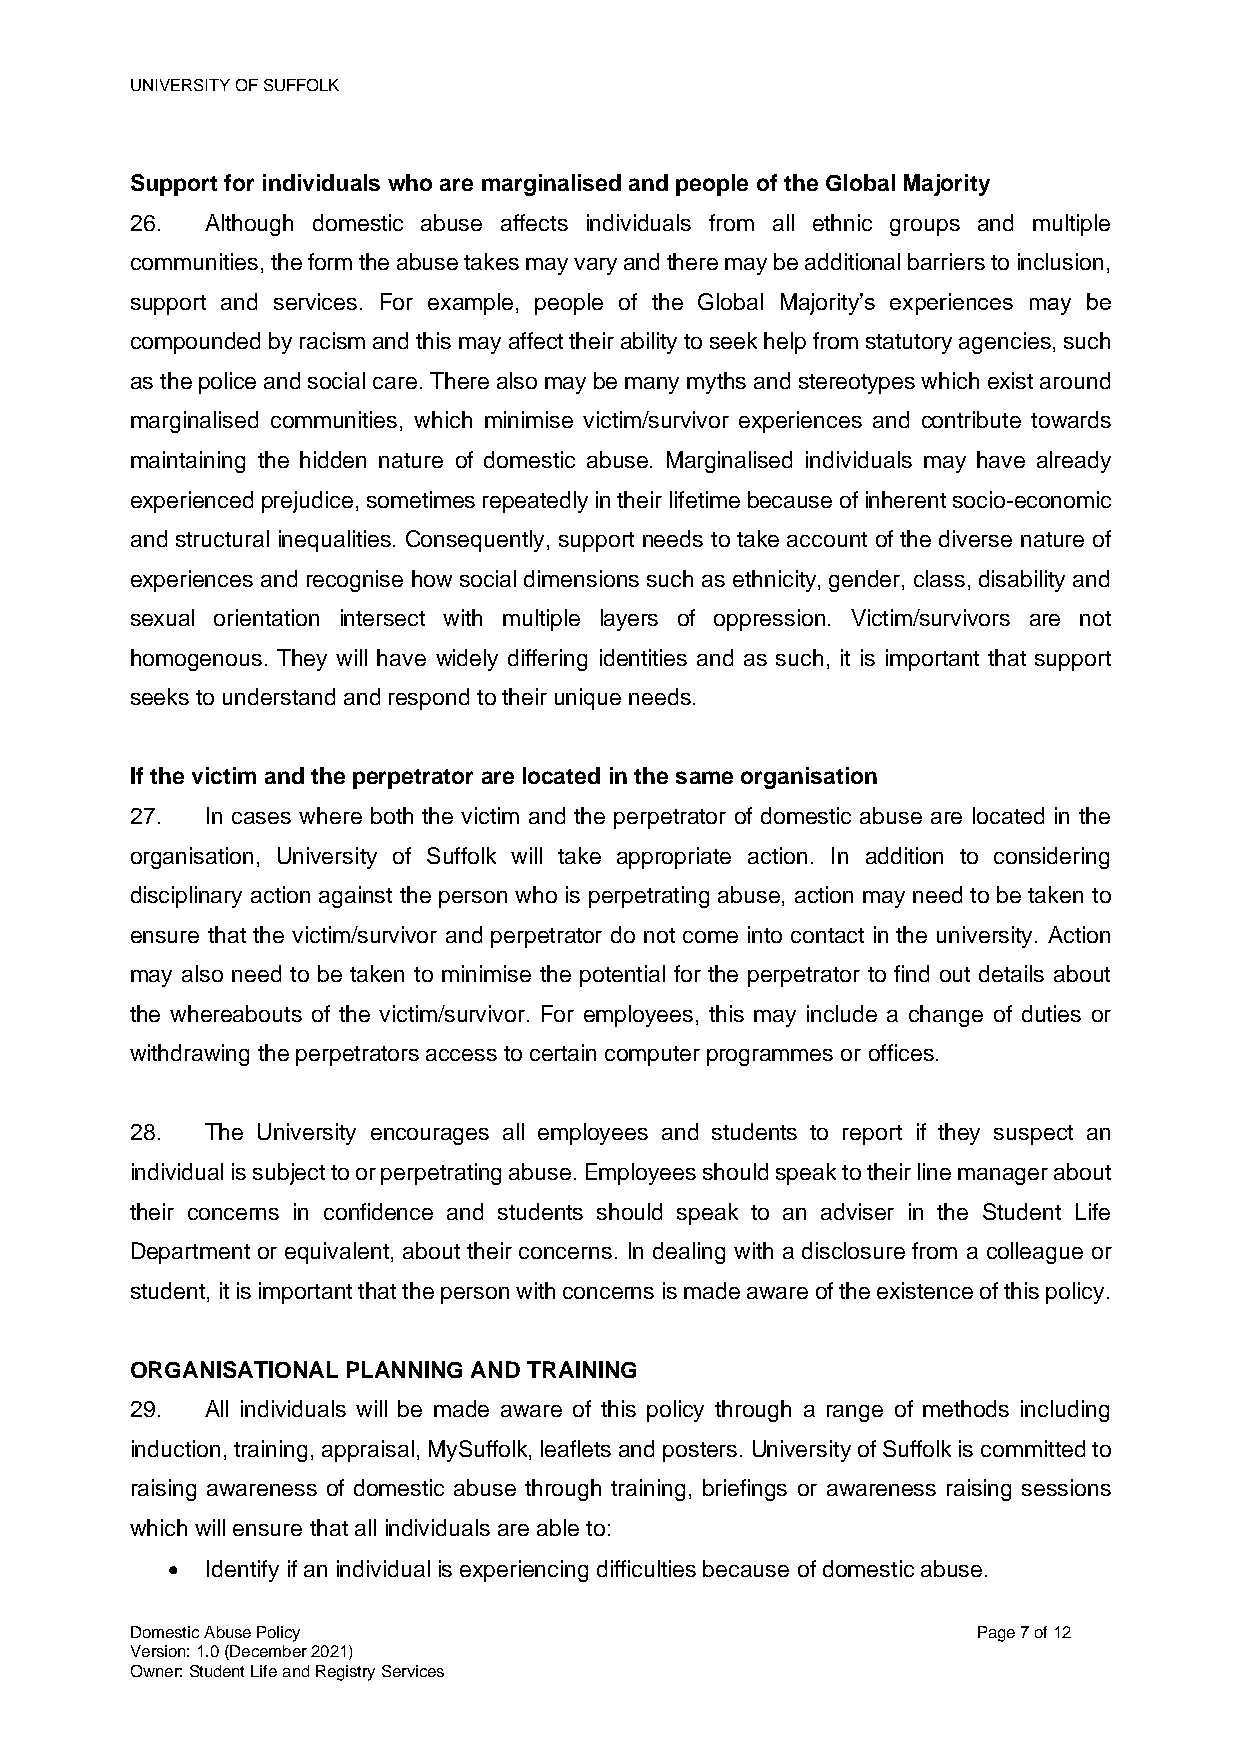
UNIVERSITY OF SUFFOLK
 Support for individuals who are marginalised and people of the Global Majority
 26.  Although domestic abuse affects individuals from all ethnic groups and multiple
 communities, the form the abuse takes may vary and there may be additional barriers to inclusion,
 support and services. For example, people of the Global Majority’s experiences may be
 compounded by racism and this may affect their ability to seek help from statutory agencies, such
 as the police and social care. There also may be many myths and stereotypes which exist around
 marginalised communities, which minimise victim/survivor experiences and contribute towards
 maintaining the hidden nature of domestic abuse. Marginalised individuals may have already
 experienced prejudice, sometimes repeatedly in their lifetime because of inherent socio-economic
 and structural inequalities. Consequently, support needs to take account of the diverse nature of
 experiences and recognise how social dimensions such as ethnicity, gender, class, disability and
 sexual orientation intersect with multiple layers of oppression. Victim/survivors are not
 homogenous. They will have widely differing identities and as such, it is important that support
 seeks to understand and respond to their unique needs.
 If the victim and the perpetrator are located in the same organisation
 27.  In cases where both the victim and the perpetrator of domestic abuse are located in the
 organisation, University of Suffolk will take appropriate action. In addition to considering
 disciplinary action against the person who is perpetrating abuse, action may need to be taken to
 ensure that the victim/survivor and perpetrator do not come into contact in the university. Action
 may also need to be taken to minimise the potential for the perpetrator to find out details about
 the whereabouts of the victim/survivor. For employees, this may include a change of duties or
 withdrawing the perpetrators access to certain computer programmes or offices.
 28.  The University encourages all employees and students to report if they suspect an
 individual is subject to or perpetrating abuse. Employees should speak to their line manager about
 their concerns in confidence and students should speak to an adviser in the Student Life
 Department or equivalent, about their concerns. In dealing with a disclosure from a colleague or
 student, it is important that the person with concerns is made aware of the existence of this policy.
 ORGANISATIONAL PLANNING AND TRAINING
 29.  All individuals will be made aware of this policy through a range of methods including
 induction, training, appraisal, MySuffolk, leaflets and posters. University of Suffolk is committed to
 raising awareness of domestic abuse through training, briefings or awareness raising sessions
 which will ensure that all individuals are able to:
 •  Identify if an individual is experiencing difficulties because of domestic abuse.
 Domestic Abuse Policy                                   Page 7 of 12
 Version: 1.0 (December 2021)
 Owner: Student Life and Registry Services